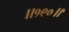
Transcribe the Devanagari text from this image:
॥१९०॥